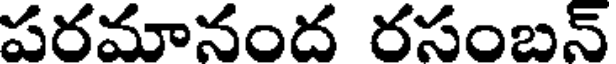
పరమానంద రసంబన్